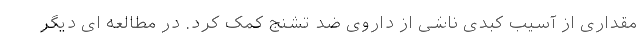
مقداری از آسیب کبدی ناشی از داروی ضد تشنج کمک کرد. در مطالعه ای دیگر